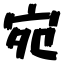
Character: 宛